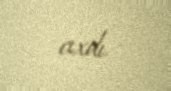
cıxdı.